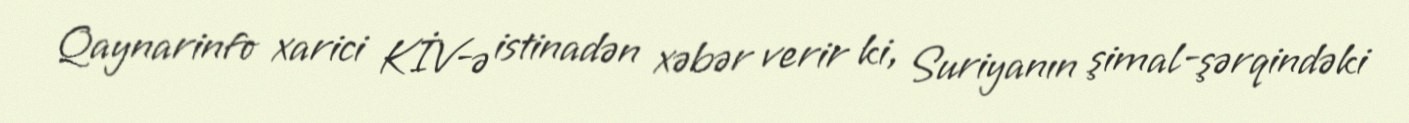
Qaynarinfo xarici KİV-ə istinadən xəbər verir ki, Suriyanın şimal-şərqindəki